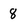
Character: 8